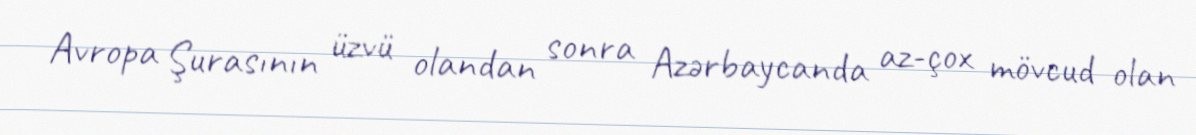
Avropa Şurasının üzvü olandan sonra Azərbaycanda az-çox mövcud olan